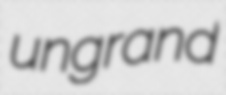
ungrand